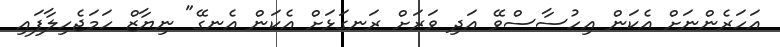
އަހަރެންނަށް އެކަން އިހުސާސްވޭ އަދި ވަރަށް ރަނގަޅަށް އެކަން އެނގޭ" ނިޔާޒް ހަމަޖެހިލާފައި